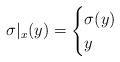
LaTeX: \begin{align*}\sigma|_x(y) = \begin{cases}\sigma(y) & \\y & \end{cases}\end{align*}